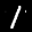
Label: 1